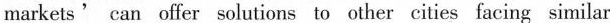
markets ' can offer solutions to other cities facing similar